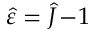
\hat { \varepsilon } = \hat { J } \! - \! 1